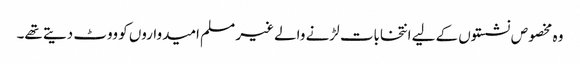
وہ مخصوص نشستوں کے لیے انتخابات لڑنے والے غیر مسلم امیدواروں کو ووٹ دیتے تھے۔